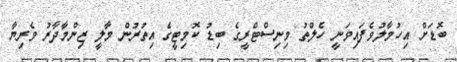
ބޮޑަށް އިހުމާލުވެފައިވަނީ ހެލްތު މިނިސްޓްރީގެ ބިޑު ކޮމިޓީގެ އިތުރުން މާލީ ޒިންމާދާރު ވެރިޔާ